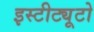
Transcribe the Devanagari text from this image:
इस्टीट्यूटो